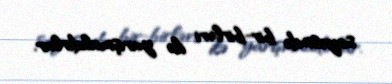
sayəsində bir-birləri ilə yarışmalıdırlar.